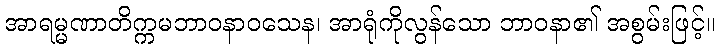
အာရမ္မဏာတိက္ကမဘာဝနာဝသေန၊ အာရုံကိုလွန်သော ဘာဝနာ၏ အစွမ်းဖြင့်။